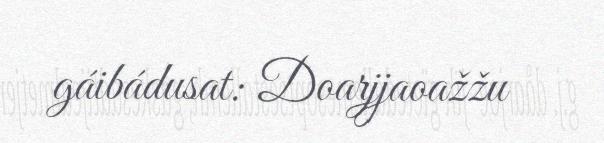
gáibádusat: Doarjjaoažžu